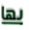
بها